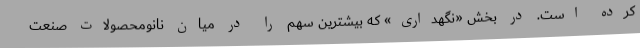
کرده است. در بخش «نگهداری» که بیشترین سهم را در میان نانومحصولات صنعت